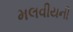
મલવીયની